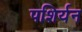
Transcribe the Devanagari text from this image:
पशिर्यन